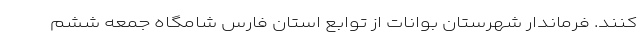
کنند. فرماندار شهرستان بوانات از توابع استان فارس شامگاه جمعه ششم